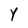
Character: Y